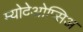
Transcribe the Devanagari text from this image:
म्योदेओप्सिअ